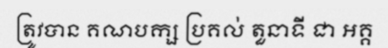
ត្រូវបាន គណបក្ស ប្រគល់ តួនាទី ជា អគ្គ